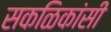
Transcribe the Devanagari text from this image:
सकळिकांसी